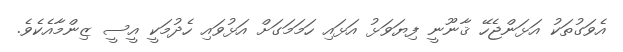
އެވަގުތަކު އަޅަންޖެހޭ ޤާނޫނީ ފިޔަވަޅު އަޅައި ހަމަމަގަށް އަޅުވައި ހެދުމަކީ އީސީ ޒިންމާއެކެވެ.